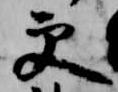
更